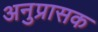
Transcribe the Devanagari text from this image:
अनुप्रासक